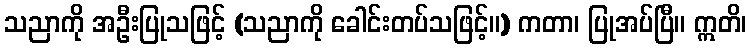
သညာကို အဦးပြုသဖြင့် (သညာကို ခေါင်းတပ်သဖြင့်။) ကတာ၊ ပြုအပ်ပြီ။ ဣတိ၊